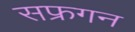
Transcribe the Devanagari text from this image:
सफ्रगन